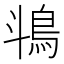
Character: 𬷄